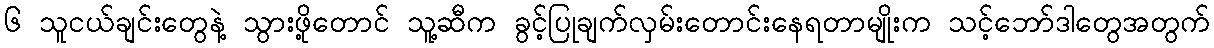
၆ သူငယ်ချင်းတွေနဲ့ သွားဖို့တောင် သူ့ဆီက ခွင့်ပြုချက်လှမ်းတောင်းနေရတာမျိုးက သင့်ဘော်ဒါတွေအတွက်